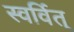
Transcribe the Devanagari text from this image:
स्वर्वित्